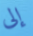
إلى